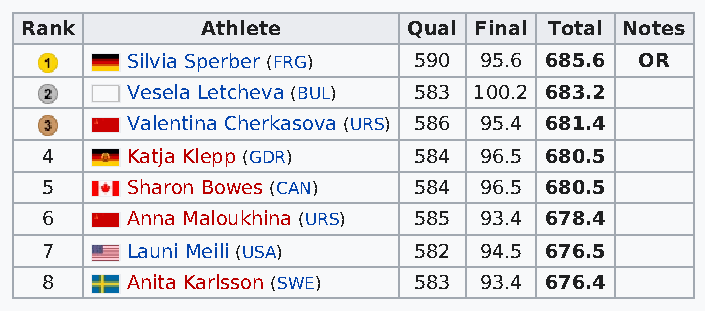
Rank        Athlete       Qual Final Total Notes
 Silvia Sperber (FRG) 590 95.6 685.6 OR
 Vesela Letcheva (BUL) 583 100.2 683.2
 Valentina Cherkasova (URS) 586 95.4 681.4
 4    Katja Klepp (GDR)  584  96.5 680.5
 5    Sharon Bowes (CAN) 584  96.5 680.5
 6    Anna Maloukhina (URS) 585 93.4 678.4
 7    Launi Meili (USA)  582  94.5 676.5
 8    Anita Karlsson (SWE) 583 93.4 676.4